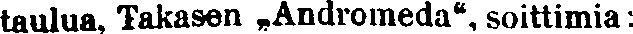
taulua, Takasen „Andromeda", soittimia: